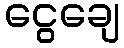
ငွေချေ